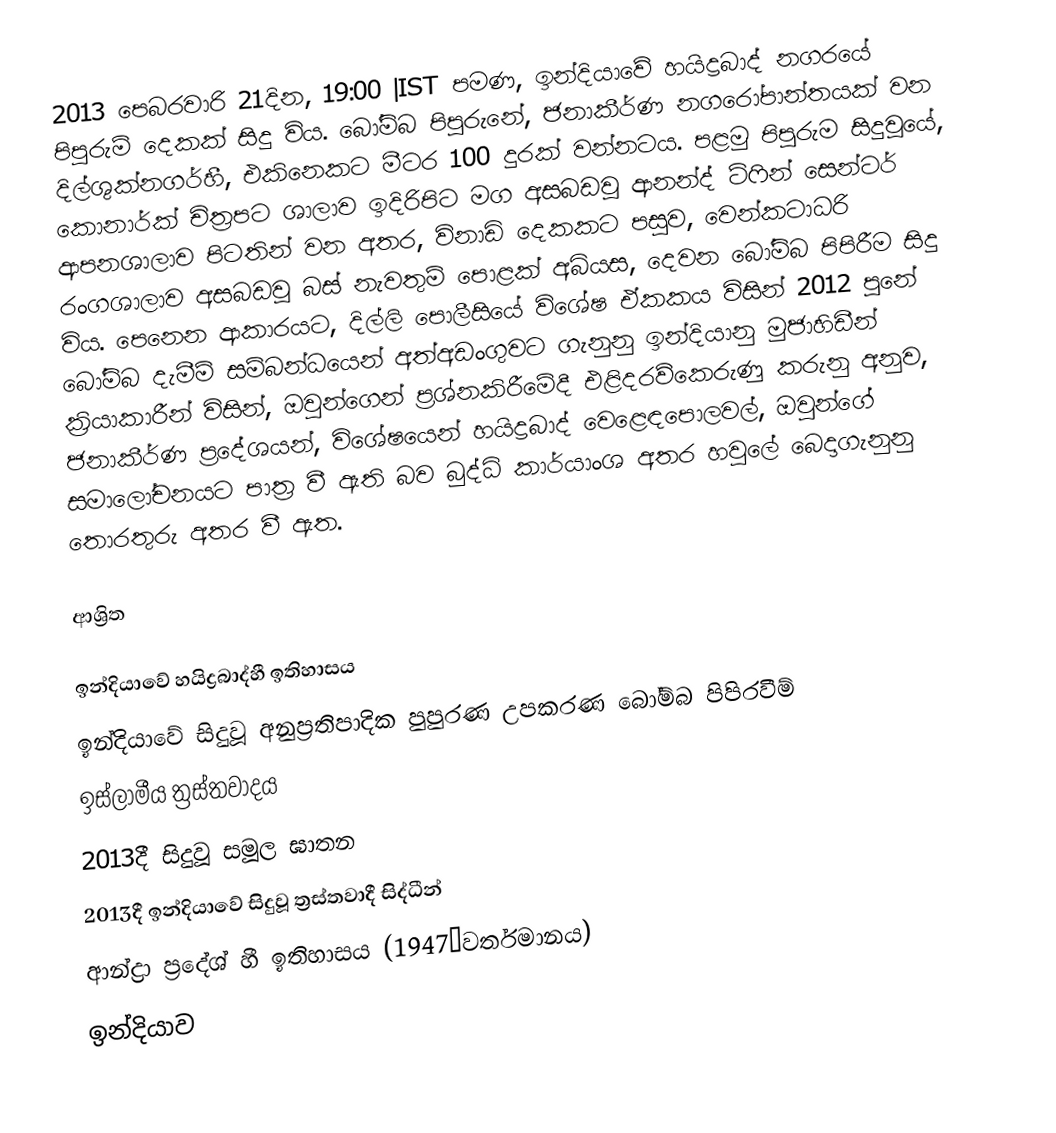
2013 පෙබරවාරි 21දින, 19:00 |IST පමණ, ඉන්දියාවේ හයිද්‍රබාද්  නගරයේ පිපුරුම් දෙකක් සිදු විය. බෝම්බ පිපුරුනේ, ජනාකීර්ණ නගරෝපාන්තයක් වන දිල්ශුක්නගර්හී,  එකිනෙකට මීටර 100 දුරක් වන්නටය.  පළමු පිපුරුම සිදුවූයේ, කොනාර්ක් චිත්‍රපට ශාලාව ඉදිරිපිට මග අසබඩවූ ආනන්ද් ටිෆින් සෙන්ටර් ආපනශාලාව පිටතින් වන අතර, විනාඩි දෙකකට පසුව,  වෙන්කටාධරි රංගශාලාව අසබඩවූ බස් නැවතුම් පොළක් අබියස, දෙවන බෝම්බ පිපිරීම සිදු විය. පෙනෙන ආකාරයට, දිල්ලි පොලීසියේ විශේෂ  ඒකකය විසින්  2012 පුනේ බෝම්බ දැමීම් සම්බන්ධයෙන් අත්අඩංගුවට ගැනුනු  ඉන්දියානු මුජාහිඩීන් ක්‍රියාකාරීන් විසින්,  ඔවුන්ගෙන් ප්‍රශ්නකිරීමේදී එළිදරව්කෙරුණු කරුනු අනුව, ජනාකීර්ණ ප්‍රදේශයන්, විශේෂයෙන් හයිද්‍රබාද් වෙළෙඳපොලවල්,  ඔවුන්ගේ සමාලෝචනයට පාත්‍ර වී ඇති බව බුද්ධි කාර්යාංශ අතර හවුලේ බෙදාගැනුනු තොරතුරු අතර වී ඇත.

ආශ්‍රිත

ඉන්දියාවේ හයිද්‍රබාද්හී ඉතිහාසය
ඉන්දියාවේ සිදුවූ අනුප්‍රතිපාදික පුපුරණ උපකරණ බෝම්බ පිපිරවීම්
ඉස්ලාමීය ත්‍රස්තවාදය
 2013දී සිදුවූ සමූල ඝාතන
2013දී ඉන්දියාවේ සිදුවූ ත්‍රස්තවාදී සිද්ධීන්
ආන්ද්‍රා ප්‍රදේශ් හී ඉතිහාසය (1947–වර්තමානය)
ඉන්දියාව